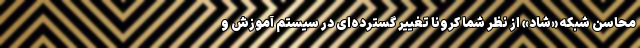
محاسن شبکه «شاد» از نظر شما کرونا تغییر گسترده‌ای در سیستم آموزش و